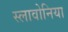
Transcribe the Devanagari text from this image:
स्लावोनिया